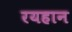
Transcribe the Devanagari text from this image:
रयहान